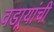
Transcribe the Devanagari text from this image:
वडार्‍यांची